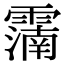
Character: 𩅠